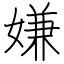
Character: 嫌